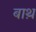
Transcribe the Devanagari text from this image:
बाथ़